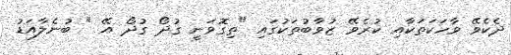
ދެކެވޭ ވާހަކަތަކާއި ކުރެވޭ ޒުވާބުތަކުގައި "ތިގޮވަނީ ގުދޯ ގުދޯ އޭ " ބުނެލާއަޑު